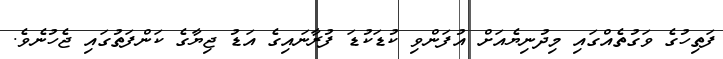
ފަތިހުގެ ވަގުތެއްގައި މިދުނިޔެއަށް އުފަންވި ކުޑަކުޑަ ފުރާނައިގެ އަޑު ޖިޔާގެ ކަންފަތުގައި ޖެހުނެވެ.